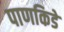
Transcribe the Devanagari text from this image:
पाणकिडे